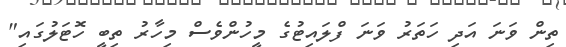
ތިން ވަނަ އަދި ހަތަރު ވަނަ ފްލައިޓުގެ މީހުންވެސް މިހާރު ތިބީ ހޮޓަލުގައި"